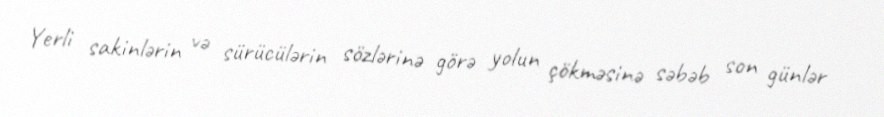
Yerli sakinlərin və sürücülərin sözlərinə görə yolun çökməsinə səbəb son günlər